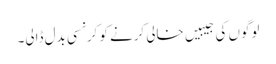
لوگوں کی جیبیں خالی کرنے کو کرنسی بدل ڈالی۔